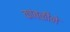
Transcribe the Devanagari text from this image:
कांबळीने